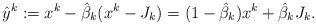
\begin{align*}\hat{y}^k:=x^k-\hat{\beta}_k(x^k-J_k)=(1-\hat{\beta}_k)x^k+\hat{\beta}_kJ_k.\end{align*}